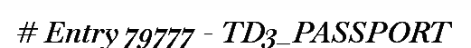
# Entry 79777 - TD3_PASSPORT